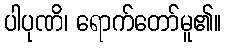
ပါပုဏိ၊ ရောက်တော်မူ၏။